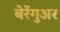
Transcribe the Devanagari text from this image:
बेरेंगुअर